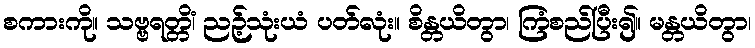
စကားကို။ သဗ္ဗရတ္တိံ၊ ညဉ့်သုံးယံ ပတ်လုံး။ စိန္တယိတွာ၊ ကြံစည်ပြီး၍။ မန္တယိတွာ၊